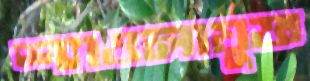
শ্যাওলাযুক্ত